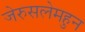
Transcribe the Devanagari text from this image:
जेरुसलेमहुन